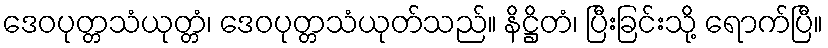
ဒေဝပုတ္တသံယုတ္တံ၊ ဒေဝပုတ္တသံယုတ်သည်။ နိဋ္ဌိတံ၊ ပြီးခြင်းသို့ ရောက်ပြီ။